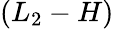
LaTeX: (L_{2}-H)